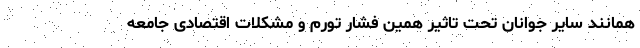
همانند سایر جوانان تحت تاثیر همین فشار تورم و مشکلات اقتصادی جامعه